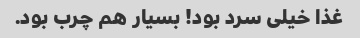
غذا خیلی سرد بود! بسیار هم چرب بود.